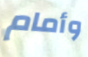
وأمام